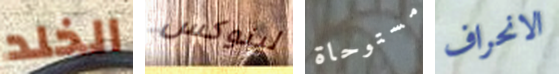
الخلد لينوكس مستوحاة الانحراف